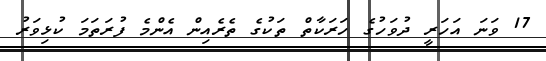
17 ވަނަ އަހަރީ ދުވަހުގެ ހަރަކާތް ތަކުގެ ތެރެއިން އެންމެ ފުރަތަމަ ކުޅިވަރު